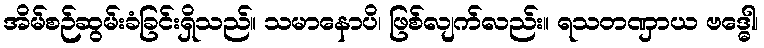
အိမ်စဉ်ဆွမ်းခံခြင်းရှိသည်။ သမာနောပိ၊ ဖြစ်လျက်လည်း။ ရသတဏှာယ ဗဒ္ဓေါ၊